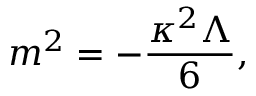
m ^ { 2 } = - \frac { \kappa ^ { 2 } \Lambda } { 6 } ,